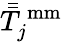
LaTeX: \bar{\bar{T}}_{j}^{\, \mathrm{mm}}